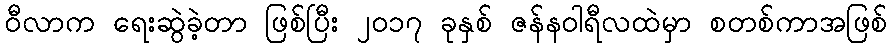
ဝီလာက ရေးဆွဲခဲ့တာ ဖြစ်ပြီး ၂၀၁၇ ခုနှစ် ဇန်နဝါရီလထဲမှာ စတစ်ကာအဖြစ်